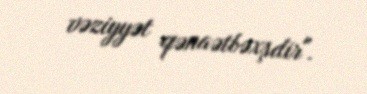
vəziyyət qənaətbəxşdir".